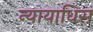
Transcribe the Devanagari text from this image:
न्यायाधिस